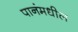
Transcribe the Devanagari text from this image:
पानंमधील